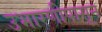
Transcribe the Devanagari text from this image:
उभारणीपासून